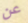
عن